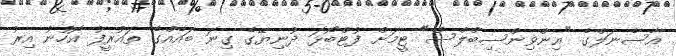
އާސެނަލްގެ "އިންވިންސިބްލްސް" ޓީމަށް ފުޓްބޯޅަ ދުނިޔޭގެ ގިނަ ބައެއްގެ ތައުރީފު އޮހުނު އިރު